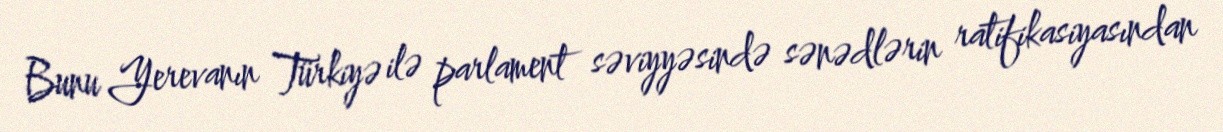
Bunu Yerevanın Türkiyə ilə parlament səviyyəsində sənədlərin ratifikasiyasından